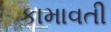
કામાવતી